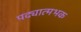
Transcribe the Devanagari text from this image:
पद्यात्मभक